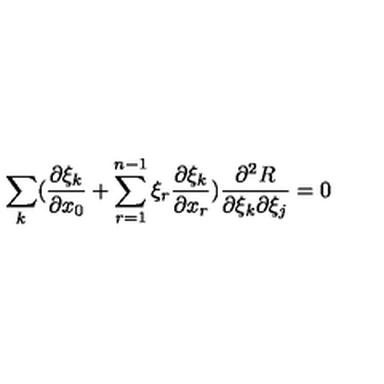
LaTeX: \sum _ { k } ( \frac { \partial \xi _ { k } } { \partial x _ { 0 } } + \sum _ { r = 1 } ^ { n - 1 } \xi _ { r } \frac { \partial \xi _ { k } } { \partial x _ { r } } ) \frac { \partial ^ { 2 } R } { \partial \xi _ { k } \partial \xi _ { j } } = 0